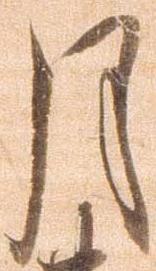
月